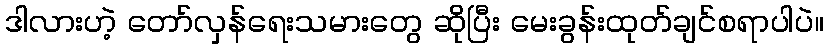
ဒါလားဟဲ့ တော်လှန်ရေးသမားတွေ ဆိုပြီး မေးခွန်းထုတ်ချင်စရာပါပဲ။